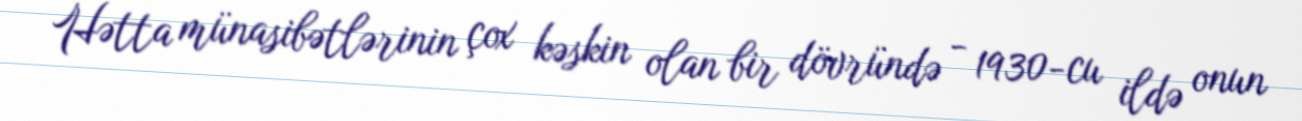
Hətta münasibətlərinin çox kəskin olan bir dövründə - 1930-cu ildə onun